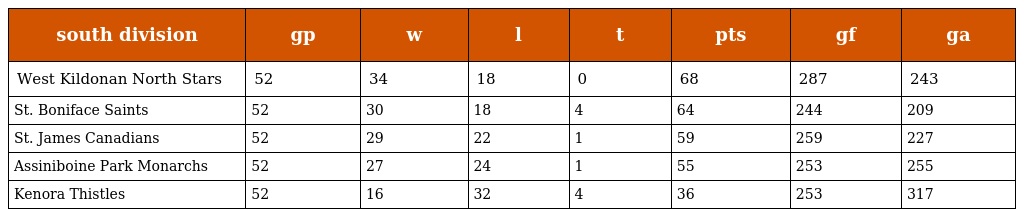
| south division | gp | w | l | t | pts | gf | ga |
 | --- | --- | --- | --- | --- | --- | --- | --- |
 | West Kildonan North Stars | 52 | 34 | 18 | 0 | 68 | 287 | 243 |
 | St. Boniface Saints | 52 | 30 | 18 | 4 | 64 | 244 | 209 |
 | St. James Canadians | 52 | 29 | 22 | 1 | 59 | 259 | 227 |
 | Assiniboine Park Monarchs | 52 | 27 | 24 | 1 | 55 | 253 | 255 |
 | Kenora Thistles | 52 | 16 | 32 | 4 | 36 | 253 | 317 |